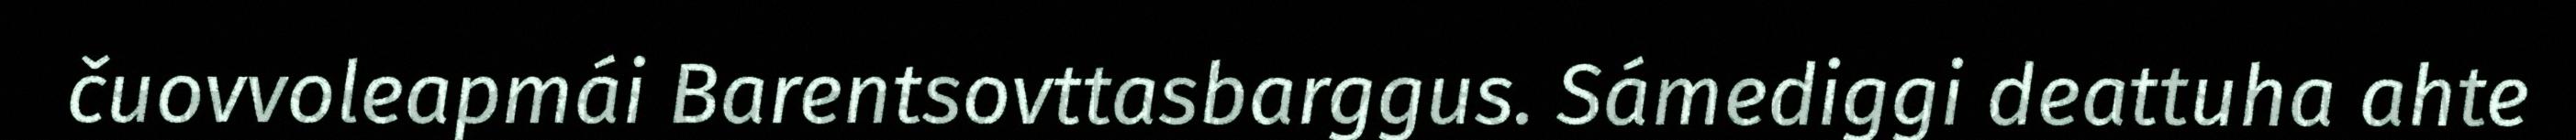
čuovvoleapmái Barentsovttasbarggus. Sámediggi deattuha ahte